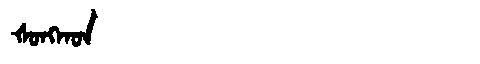
Manchu: ᡧᠣᠩᡴᠣᠨ
Romanization: ŠONGKON